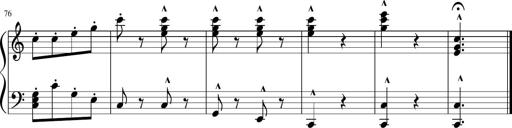
Title: 3 Sonatinen
Composer: Heinrich Lichner